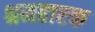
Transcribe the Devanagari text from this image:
श्रमहारक